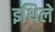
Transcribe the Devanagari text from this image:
इथिले